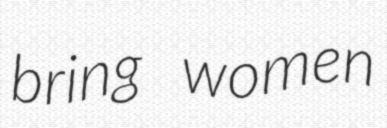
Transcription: bring women